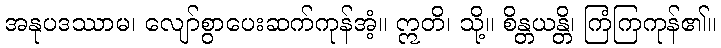
အနုပဒဿာမ၊ လျော်စွာပေးဆက်ကုန်အံ့။ ဣတိ၊ သို့။ စိန္တယန္တိ၊ ကြံကြကုန်၏။